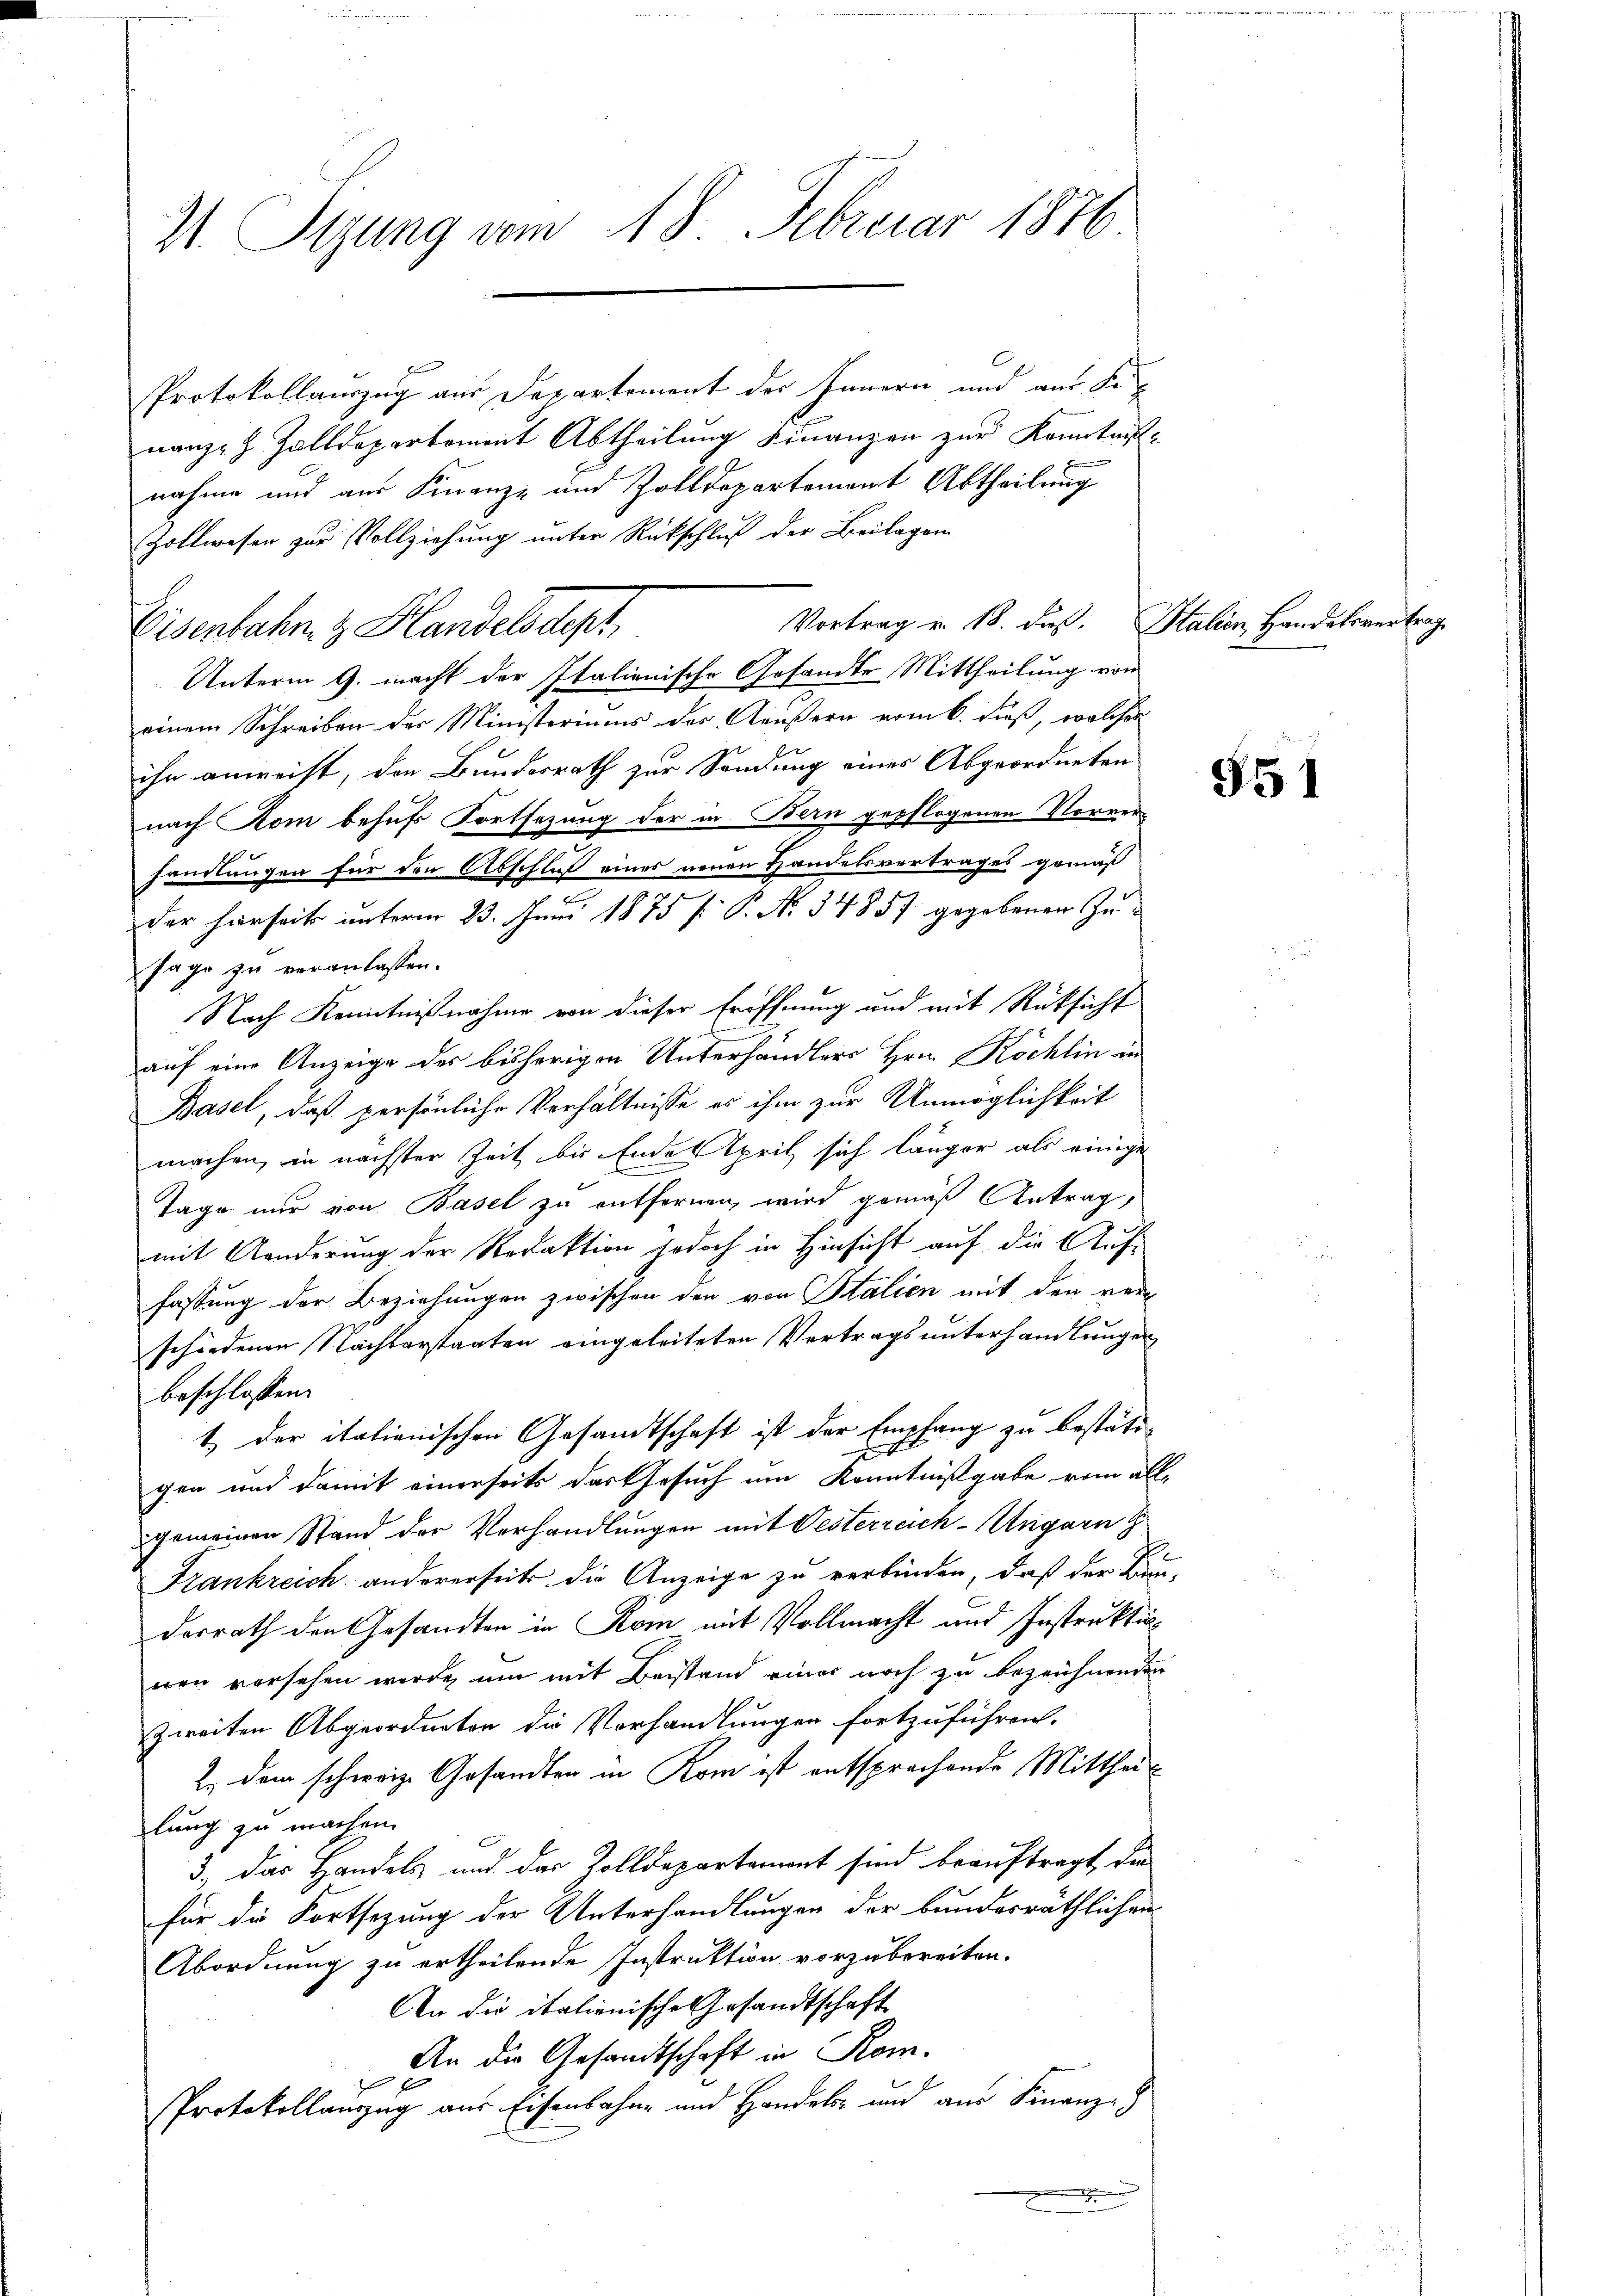
21. Sizung vom 18. Februar 1876

Protokollauszug aus Departement des Innern und aus Se
nanze Zolldepartement Abtheilung Finanzen zur Konitäts-
nahme und aus Finanze und Zolldepartement Abtheilung
Zollwesen zur Vollziehung unter Rückschluß der Beilagen
Unterm 9. macht der Italienische Gesandte Mittheilung von
einem Schreiben des Ministoriums des Aeußern vom 6. dieß, welches
ihr anweist, den Bundesrath zur Sendung eines Abgeordneten
nach Kom behufs Fortsezung der in Bern gepflogenen Vornenhandlungen für den Abschluß eines neuen Handelsvertrages gemäß
sage zu veranlassen.
Nach Kenntnißnahme von dieser Eröffnung und mit Rüksicht
auf eine Anzeige des bisherigen Unterhändlers Hrn. Köchlin in
Basel, daß persönliche Verhältnisse es ihm zur Unmöglichkeit
machen, in nächster Zeit bis Endes April sich länger als einige
Tage nur von Basel zu entfernen, wird gemäß Antrag,
mit Anderung der Redaktion jedoch in Hinsicht auf die Auf-
fassung der Beziehungen zwischen den von Stalien mit den ver
schiedenen Nachbarstaaten eingeleiteten Vertrags unterhandlungen
beschlossen:
t der italienischen Gesandtschaft ist der Empfang zu bestätigen und damit einerseits das Gesuch um Kenntnißgabe vom all-
gemeinen Stand der Verhandlungen mit Oesterreich-Ungarn z
Frankreich andererseits die Anzeige zu verbinden, daß der Bau-
derrath den Gesandten in Rom mit Vollmacht und Instruktio
nen versehen werde, um mit Beistand einer noch zu bezeichnenden
zweiten Abgeordneten die Vorhandlungen fortzuführen.
2. dem schweiz. Gesandten in Rom ist entsprachende Mittheil
lung zu machen.
3., das Handels und das Zolldepartement sind beauftragt, die
für die Fortsetzung der Unterhandlungen der bundesräthlichen
Abordnung zu ertheilende Instruktion vorzubereiten.
An die italienische Gesandtschaft
An die Gesandtschaft in Rom.
1
PProtokollauszug aus Eisenbahn und Handele und aus Finanz-
.

Vortrag v. 18. daß. Stalien, Handelsvertrag
Eisenbahn, z. Handelsdept,

der hierseit unterm 23. Juni 1875 f. P. No. 34857 gegebenen Zu¬

551